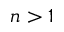
n > 1